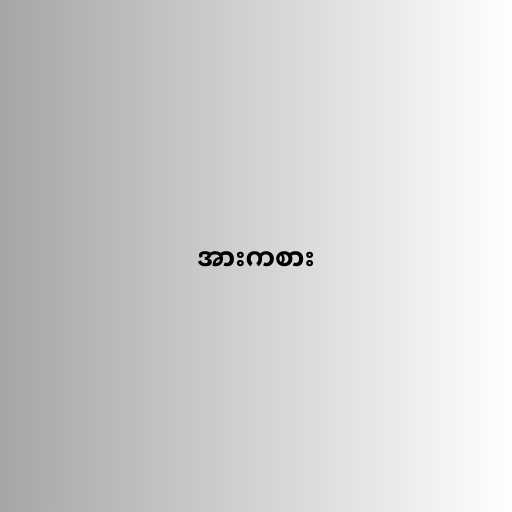
အားကစား